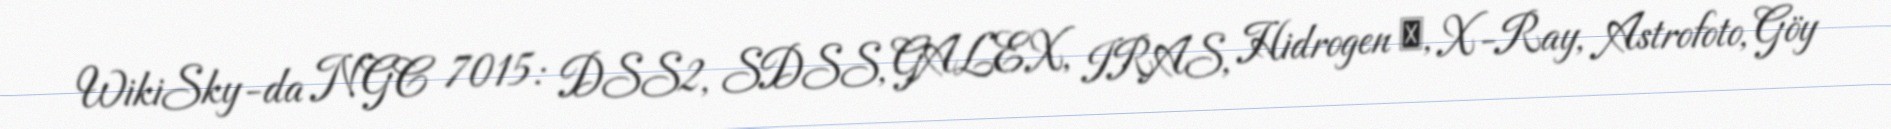
WikiSky-da NGC 7015: DSS2, SDSS, GALEX, IRAS, Hidrogen α, X-Ray, Astrofoto, Göy